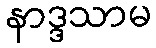
နာဒ္ဒသာမ